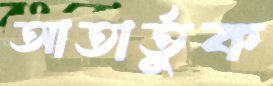
আতার্তুক